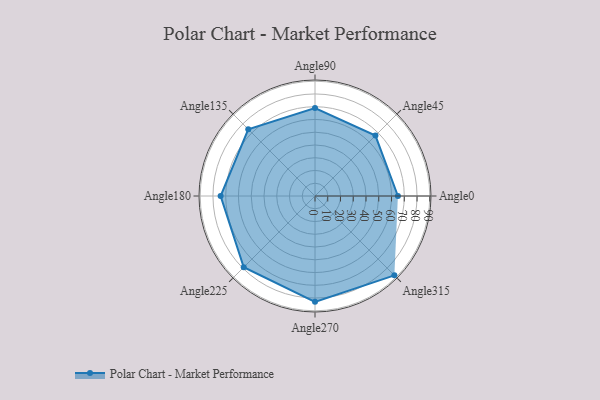
{"axis": {"x": "Angle", "y": "Radius"}, "legend": [""], "data": [{"x": "Angle0", "y": 65.0, "type": ""}, {"x": "Angle45", "y": 67.0, "type": ""}, {"x": "Angle90", "y": 69.0, "type": ""}, {"x": "Angle135", "y": 74.0, "type": ""}, {"x": "Angle180", "y": 74.0, "type": ""}, {"x": "Angle225", "y": 79.0, "type": ""}, {"x": "Angle270", "y": 83.0, "type": ""}, {"x": "Angle315", "y": 88.0, "type": ""}]}